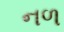
નળ